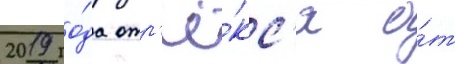
2019 го́да отр'ё́кс'я о́т